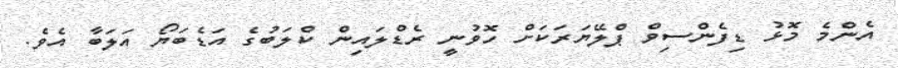
އެންމެ މޮޅު ޑިފެންސިވް ޕްލޭޔަރަކަށް ހޮވުނީ ރެޑްލައިން ކްލަބުގެ އަޑެބަޔޯ އަލަބާ އެވެ.